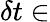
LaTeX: \delta t\in